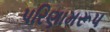
પરિણામરૂપ